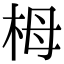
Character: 栂